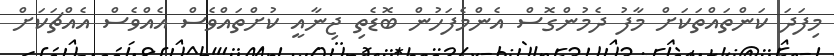
މިފަދަ ކަންތައްތަކަށް މާފު ދެމުންގޮސް އެންމެފަހުން ބޮޑެތި ޖިނާއީ ކުށްތައްވެސް އެއްވެސް އެއްޗަަކަށް